system: You are a helpful assistant.
user:
Analyze the provided spectrum to determine if it is a **M-type Giant (gM)**.

A M-type Giant spectrum is defined by its **strong molecular absorption** features, particularly from **Titanium Oxide (TiO)**. You must check for one of the following mutually exclusive signatures:

- **Key Visual Indicators (Absorption-Dominated Spectrum):**

    - **(Primary):** The spectrum is dominated by strong molecular absorption from **Titanium Oxide (TiO)**. This is the **defining feature** of its M-type temperature class.
        - **(Key Bandheads):** Look for sharp, "saw-tooth" absorption valleys. The strongest are located near **~7050 Å**, **~6160 Å**, and **~5170 Å**.
        - **(Line Profile):** The "saw-tooth" morphology is critical: a **sharp, steep drop on the BLUE (short-wavelength) side** of the bandhead, followed by a gradual recovery (rising flux) towards the RED (long-wavelength) side.

    - **(Key Confirmation - Giant vs. Dwarf):** **ABSENCE** of strong **Calcium Hydride (CaH)** molecular bands. This is the primary diagnostic for *excluding* M-dwarfs.
        - **(Key Region):** The spectrum should lack the strong, broad absorption band seen in dwarfs between **~6800 Å and ~7000 Å**.

    - **(Secondary Confirmation - Giant):** A very strong and broad **Neutral Calcium (Ca I)** atomic absorption line.
        - **(Key Line):** Located at **~4226 Å**. In a giant (gM), this line is significantly deeper and broader than the same line in an M-dwarf (dM) due to low surface gravity.

    - **(Overall Spectrum):**
        - The continuum is **extremely red-sloping** (i.e., flux is very low in the blue and rises dramatically towards the red).
        - The entire spectrum appears "chopped up" by the deep TiO bands.

Think first, call **spectral_visualization_tool** if needed to examine features in detail, then provide your final answer. Your response must adhere to the following strict rules:
1.  **Overall Structure:** Your response must follow the format `<think>...</think> <tool_call>...</tool_call> (if a tool is used) <answer>...</answer>`.
2.  **Tool Usage Constraint:** You may only make **one** tool call per turn.
3.  **Final Answer Format:** In the `<answer>` tag, your conclusion must be inside a `\boxed{}` command (e.g., `\boxed{YES}` or `\boxed{NO}`), followed by your justification.

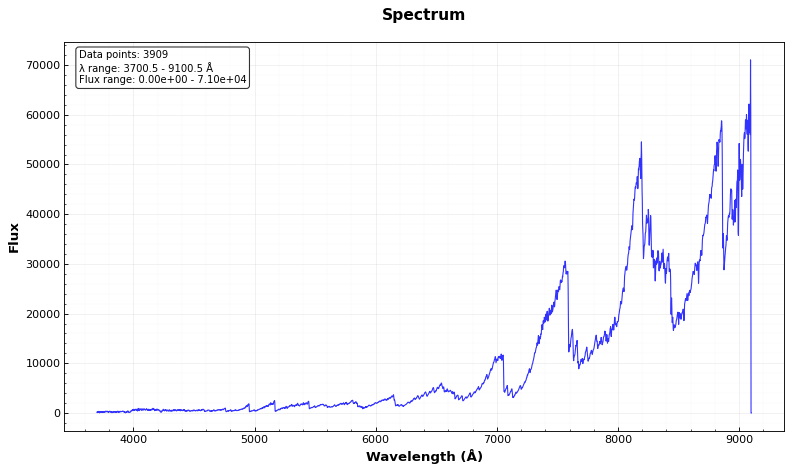
Answer: YES